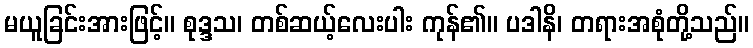
မယူခြင်းအားဖြင့်။ စုဒ္ဒသ၊ တစ်ဆယ့်လေးပါး ကုန်၏။ ပဒါနိ၊ တရားအစုံတို့သည်။